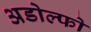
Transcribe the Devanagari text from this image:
अडोल्फो